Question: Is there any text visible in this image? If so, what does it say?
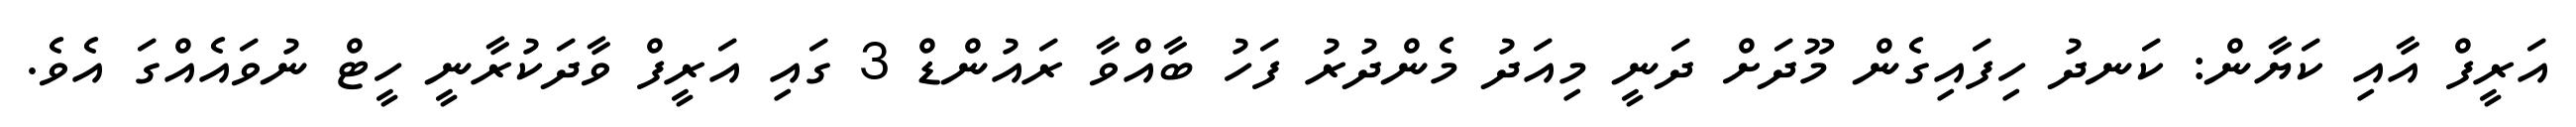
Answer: އަރީފް އާއި ކަޔާން: ކަނދު ހިފައިގެން މޫދަށް ދަނީ މިއަދު މެންދުރު ފަހު ބާއްވާ ރައުންޑް 3 ގައި އަރީފް ވާދަކުރާނީ ހީޓް ނުވައެއްގަ އެވެ.